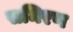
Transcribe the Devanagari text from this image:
समिरण